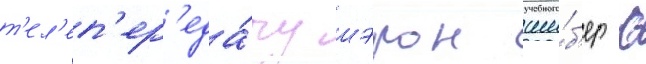
т'ел'еп'ер'еда́чу шэрон ши́б'ер с